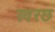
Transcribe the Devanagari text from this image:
खरछ